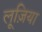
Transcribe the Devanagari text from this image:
लूज़िया